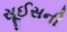
સૂઈસની